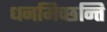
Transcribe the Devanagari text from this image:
धनमिच्छन्ति